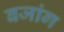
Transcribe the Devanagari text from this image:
बजांग